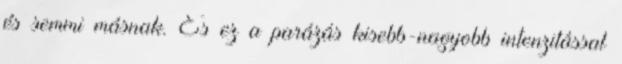
és semmi másnak. És ez a parázás kisebb-nagyobb intenzitással